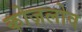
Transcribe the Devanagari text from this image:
कोज़लोव